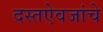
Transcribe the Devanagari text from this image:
दस्तऐवजांचे